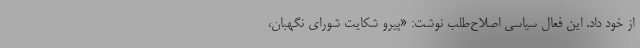
از خود داد. این فعال سیاسی اصلاح‌طلب نوشت: «پیرو شکایت شورای نگهبان،